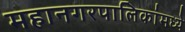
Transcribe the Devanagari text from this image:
महानगरपालिकांमध्ये